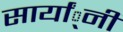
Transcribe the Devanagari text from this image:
सार्यां्नी